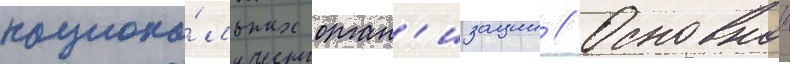
национа́льных орган'изации // Основнои